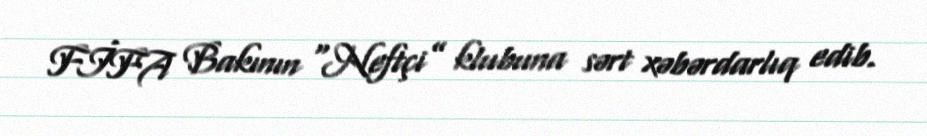
FİFA Bakının “Neftçi” klubuna sərt xəbərdarlıq edib.